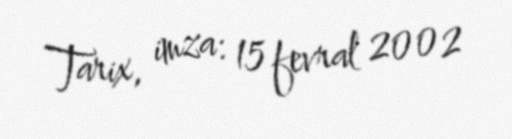
Tarix, imza: 15 fevral 2002